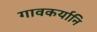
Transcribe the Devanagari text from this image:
गावकर्यानि